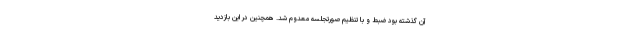
آن گذشته بود ضبط و با تنظیم صورتجلسه معدوم شد. همچنین در این بازدید